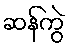
ဆန်ကွဲ